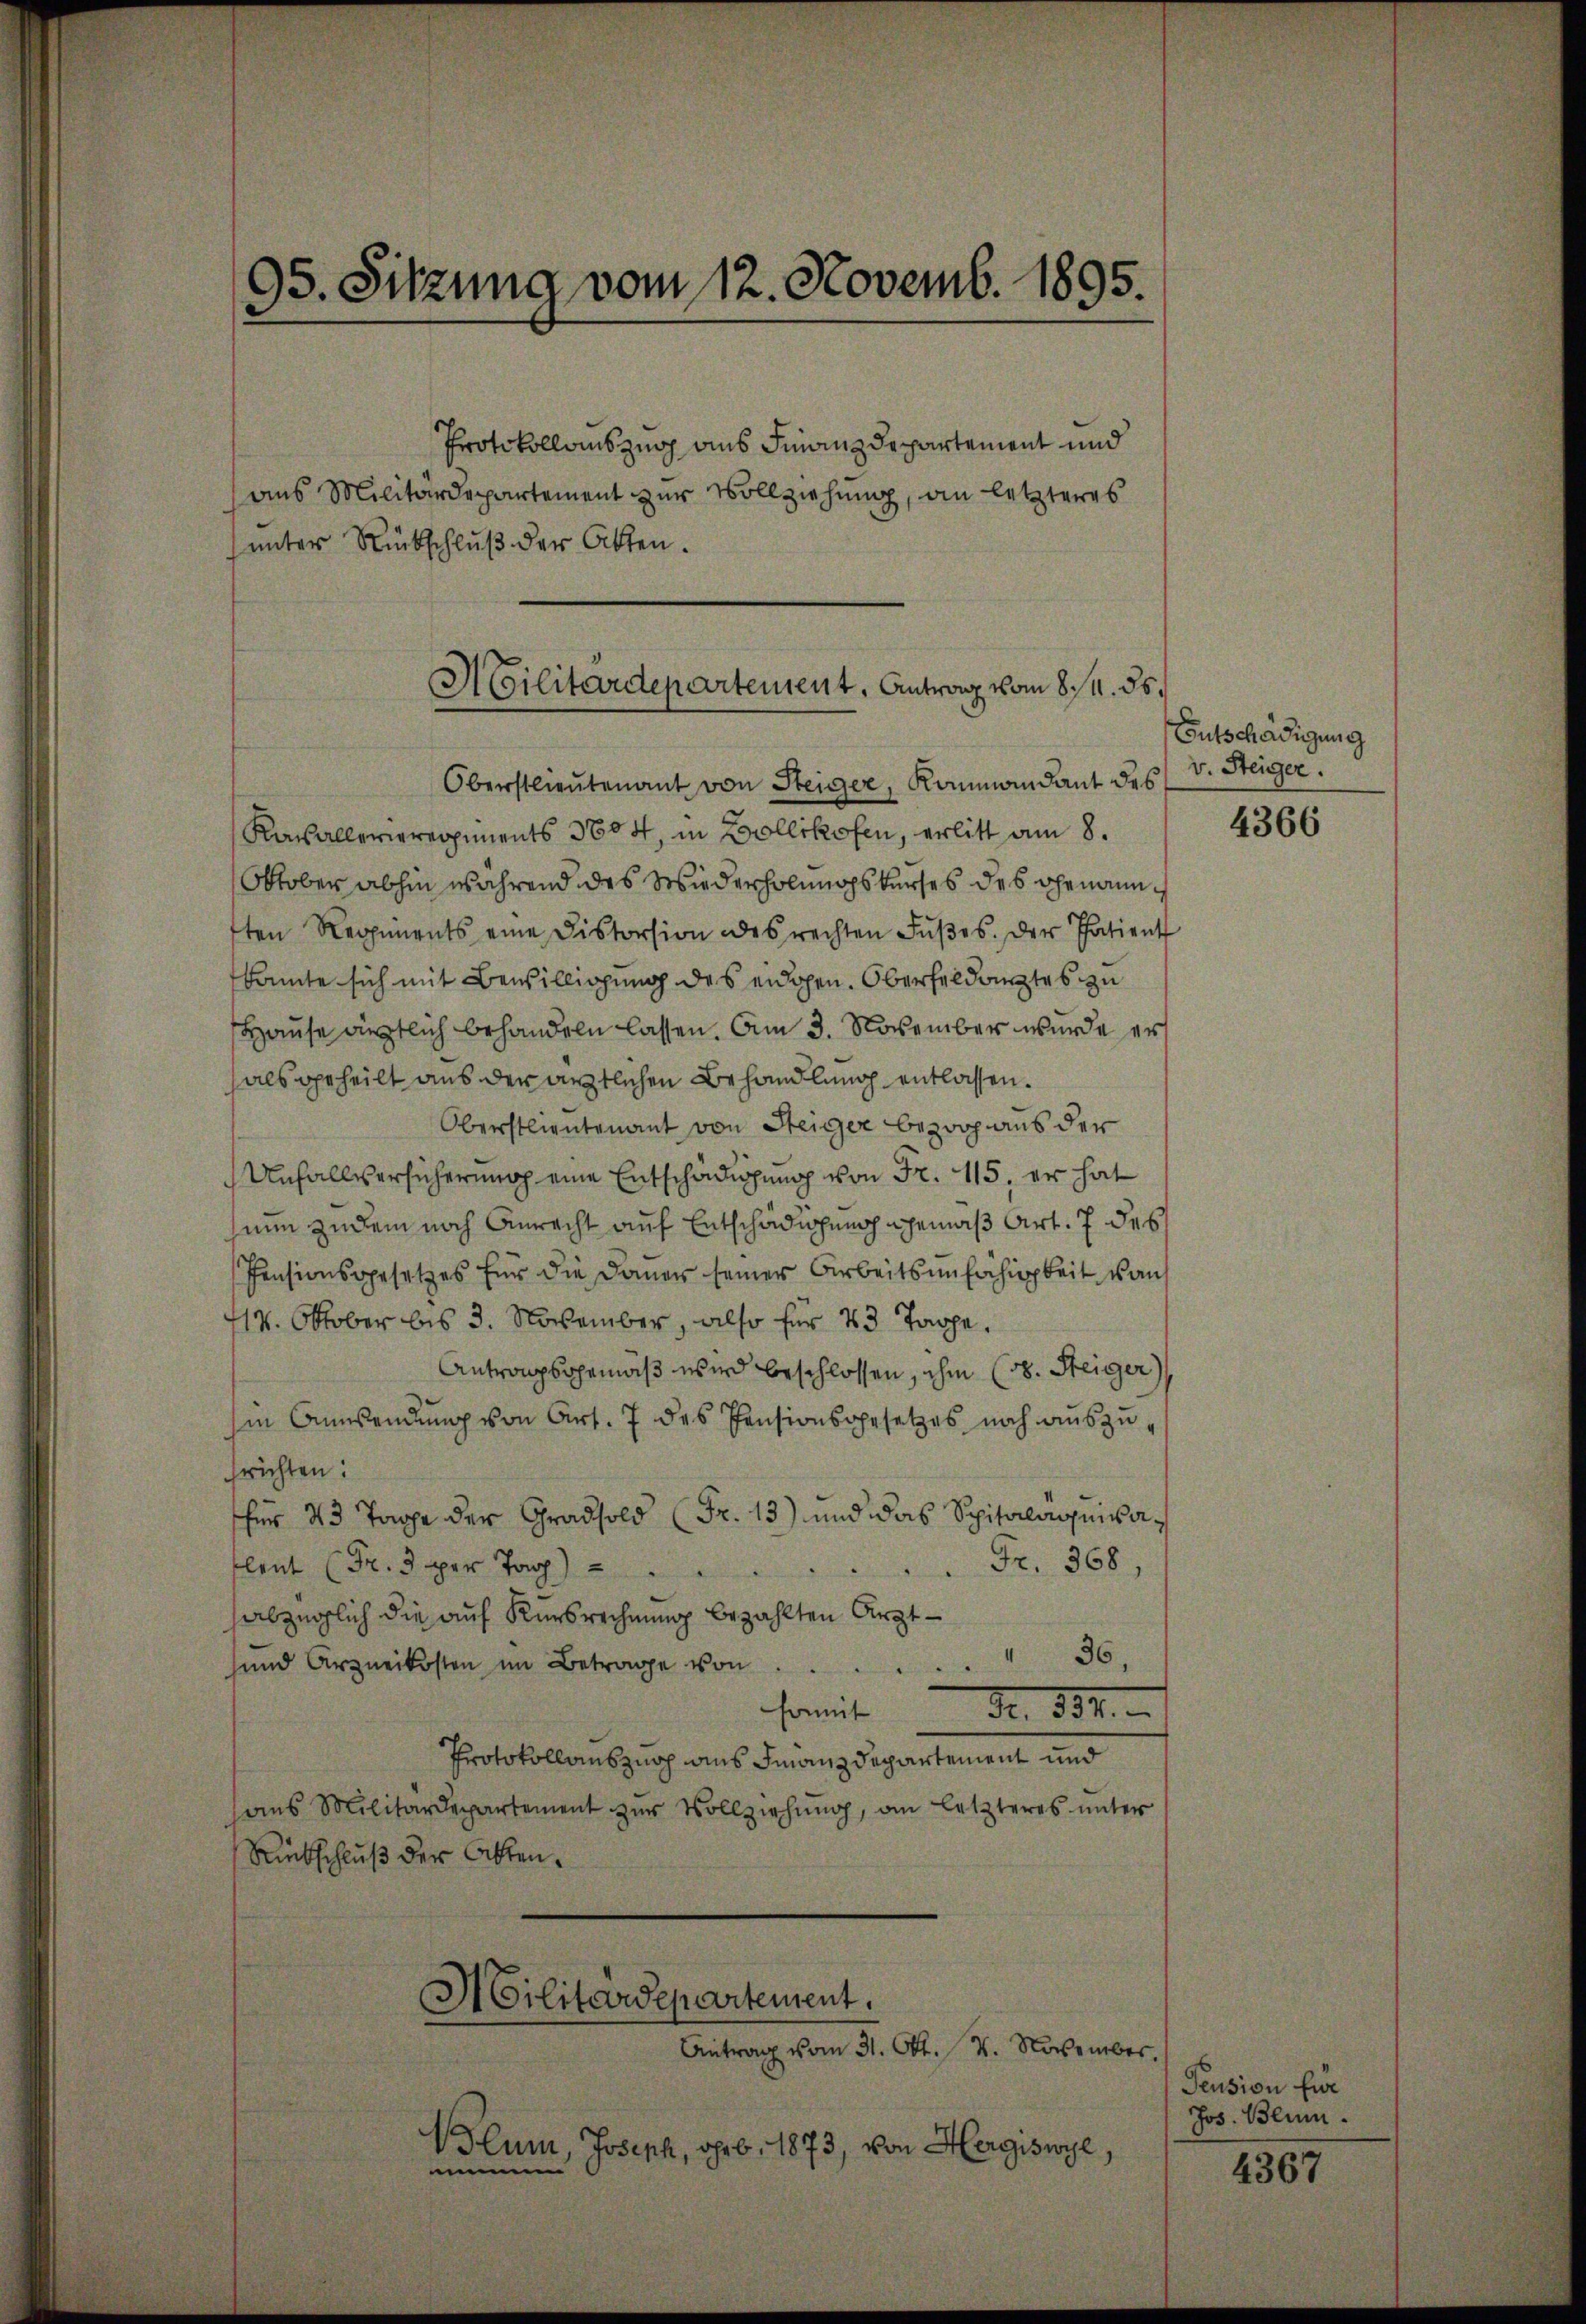
95. Sitzung vom 12. Novemb. 1895.

Protokollauszug aus Finanzdepartement und
aus Militärdepartement zur Vollziehung, an letzteres
unter Rückschluß der Akten.

Militärdepartement, Antrag vom 8 1/4. ds.
Oberstlieutenant von Steiger, Kommandant des v. Steiger.

Kasallerieregiments 3604, in Bollikofen, erlitt am 8.
Oktober abhin während des Wiederholungskurses des Genannften Regiments eine Distorsion des rechten Fŭβes. Der Patient
konte sich mit Bewilligung des eidgen. Oberfeldarztes zu
Hause ärztlich behandeln lassen. Am 3. November wurde er
hals geheilt aus der ärztlichen Behandlung entlassen.
Oberstlieutenant von Steiger bezog aus der
Unfallversicherung eine Entschädigung von Fr. 115, er hat
sinn zudem noch Anrecht auf Entschädigung gemäß Art. 7 des
Pensionsgesetzes für die Dauer seiner Arbeitsunfähigkeit von
14. Oktober bis 3. November, also für 43 Tage.
Antragsgemäß wird beschlossen, ihm (s. Steiger)
sin Anwendung von Art. 7 des Pensionsgesetzes noch auszufrichten:
für 23 Tage der Gradsold (Fr. 13) und das Spitalanisaflent (Fr. 3 per Tag)                  Fr. 368,
abzüglich die auf Kursrechnung bezahlten Arztsund Arzneikosten im Betrage von 36
somit No. 334.
Protokollauszuoch aus Finanzdepartement und
aus Militärdepartement zur Vollziehung, an letzteres unter
Rückschluß der Akten¬
Militärdepartement.
Antrag vom 31. Okt. 14. November,
Blum, Joseph, geb. 1873, von Hergiswyl
immen

Entschädigung

4366

Pension für
Jos. Blum.

4367